65_HS1-834228961_62-HQ-83894_Section_8
Agency: FBI
Page 203
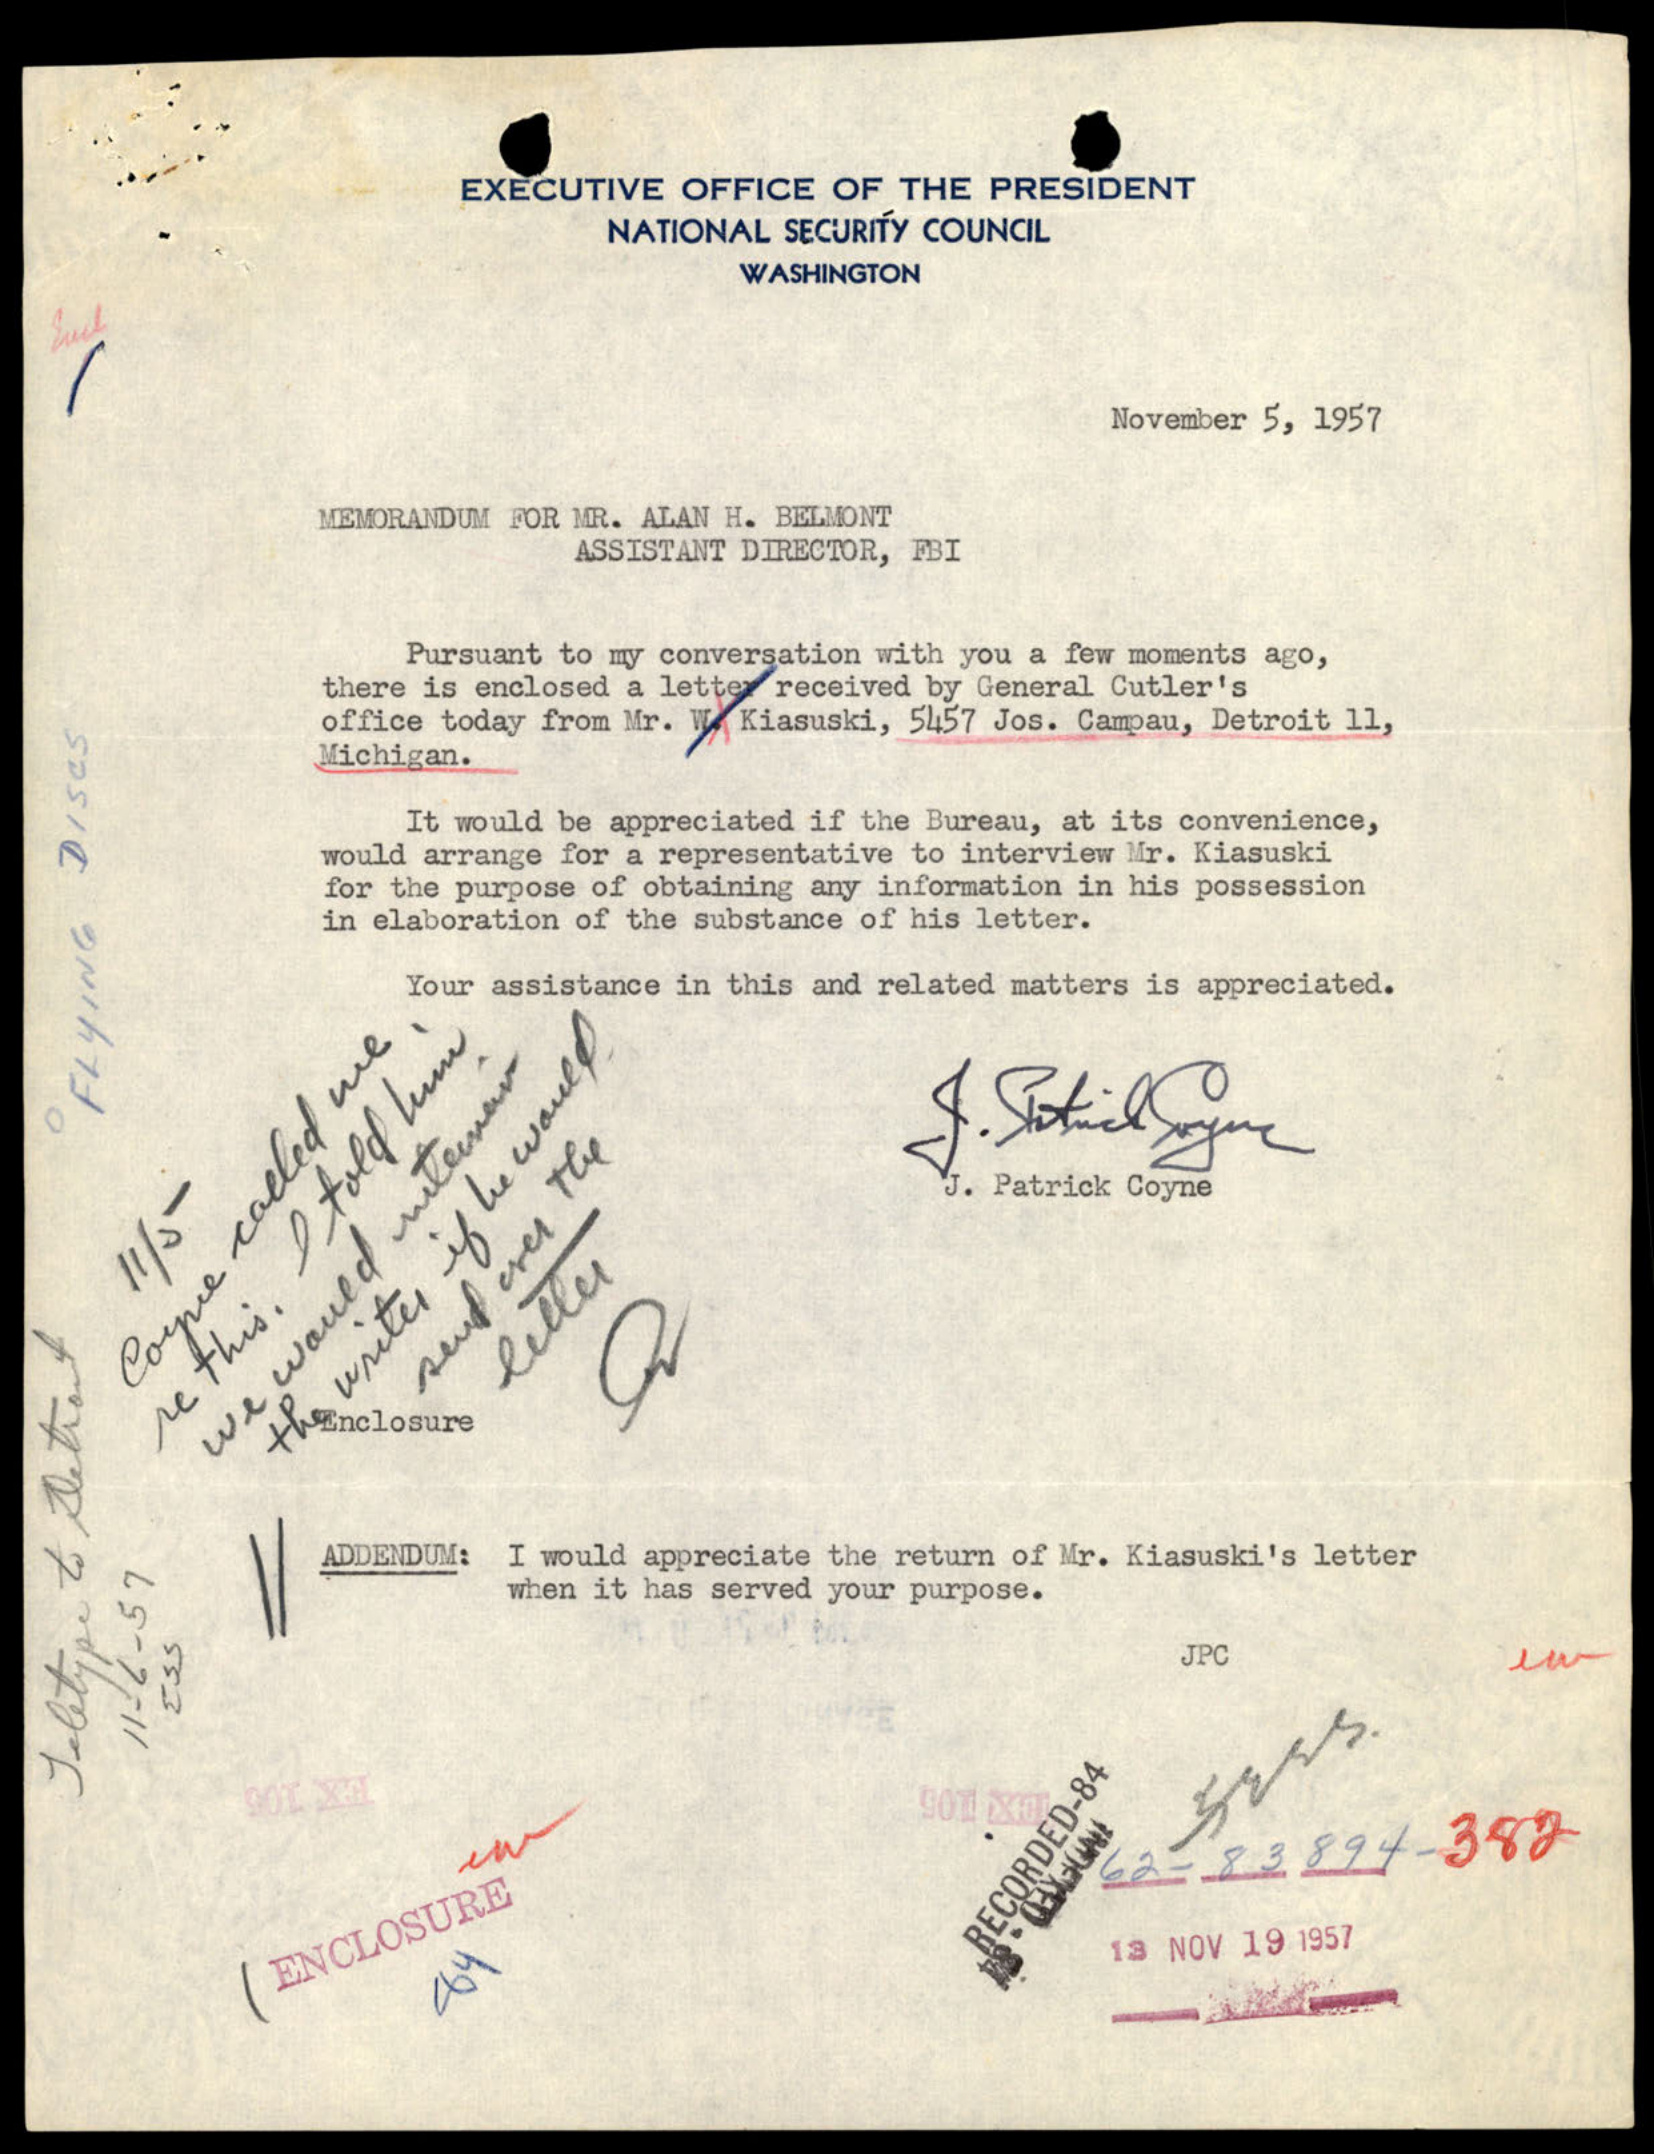